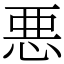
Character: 悪